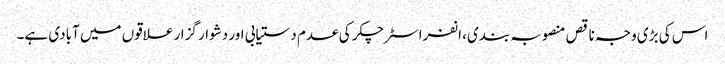
اس کی بڑی وجہ ناقص منصوبہ بندی، انفراسٹرچکر کی عدم دستیابی اور دشوار گزار علاقوں میں آبادی ہے۔